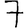
Digit: 7